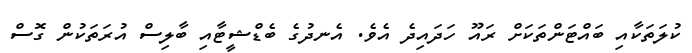
ކުލަތަކާއި ބައްޓަންތަކަށް ރައޫ ހަދައިދެ އެވެ. އެނދުގެ ބެޑްޝީޓާއި ބާލިސް އުރަތަކުން ގޮސް